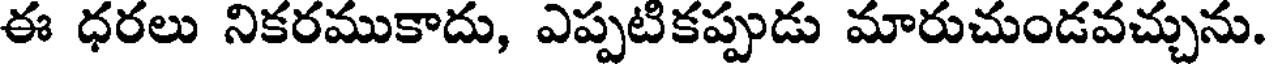
ఈ ధరలు నికరముకాదు, ఎప్పటికప్పుడు మారుచుండవచ్చును.